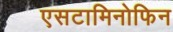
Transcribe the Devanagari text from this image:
एसटामिनोफिन